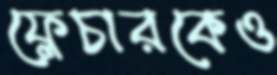
ফ্লেচারকেও